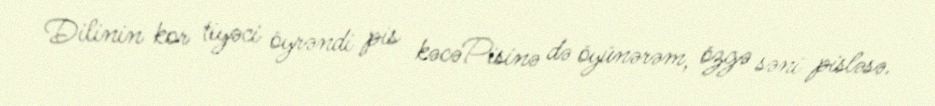
Dilinin kor tiyəci öyrəndi pis kəcəPisinə də öyünərəm, özgə səni pisləsə.